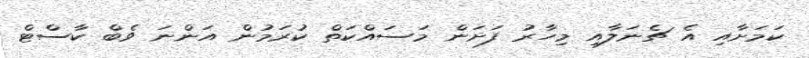
ކަމަށާއި އެ ޗެނަލާއި މިހާރު ފަށަން މަސައްކަތް ކުރަމުން އަންނަ ވެބް ކާސްޓް